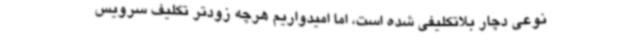
نوعی دچار بلاتکلیفی شده است، اما امیدواریم هرچه زودتر تکلیف سرویس